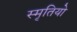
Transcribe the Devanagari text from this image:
स्मृतियो